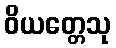
ဝိယတ္တေသု